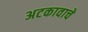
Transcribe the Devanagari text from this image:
अटकावाचे